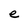
Character: e